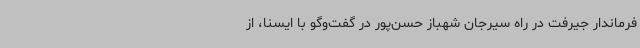
فرماندار جیرفت در راه سیرجان شهباز حسن‌پور در گفت‌وگو با ایسنا، از